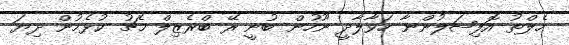
ހެލްތު އޮފިޝަލުންނާ ހަވާލާދީ ނޫހުން ބުނީ ރޭ ބްރެޒިލް މެޗު ކުޅެމުން ދިޔަ